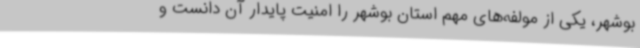
بوشهر، یکی از مولفه‌های مهم استان بوشهر را امنیت پایدار آن دانست و